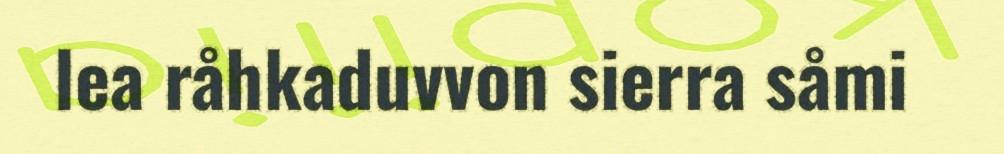
lea råhkaduvvon sierra såmi